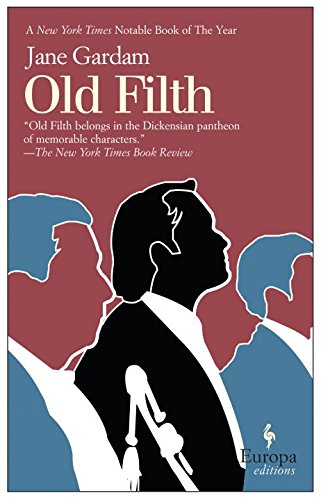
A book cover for Old Filth; Jane Gardam; Mystery, Thriller & Suspense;